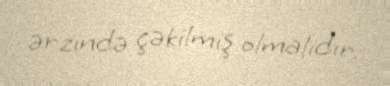
ərzində çəkilmiş olmalıdır.